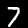
Label: 7